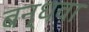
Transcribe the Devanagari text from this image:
बन्धवा